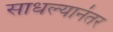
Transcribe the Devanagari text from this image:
साधल्यानंतर